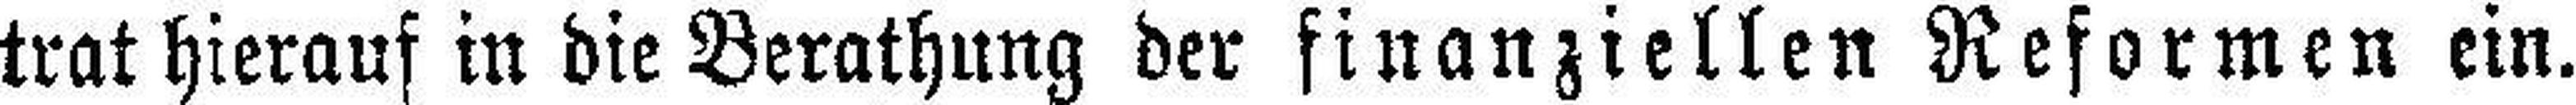
trat hierauf in die Berathung der finanziellen Reformen ein.